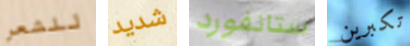
للشعر شديد ستانفورد تكبرين